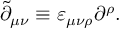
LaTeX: \tilde { \partial } _ { \mu \nu } \equiv \varepsilon _ { \mu \nu \rho } \partial ^ { \rho } .